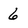
Character: 6